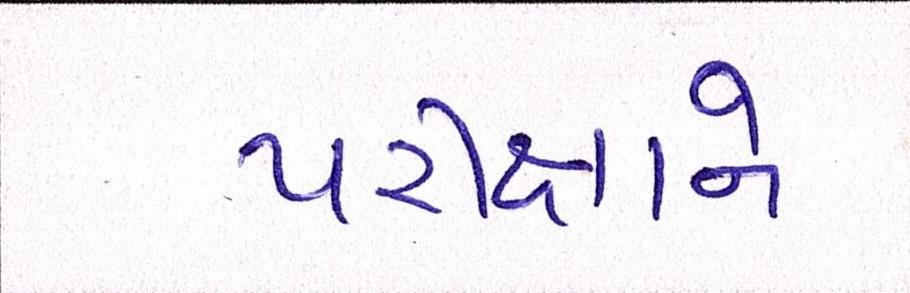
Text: પરીક્ષાને